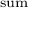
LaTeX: \scriptstyle { \mathrm { s u m } }